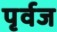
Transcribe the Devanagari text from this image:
पृर्वज